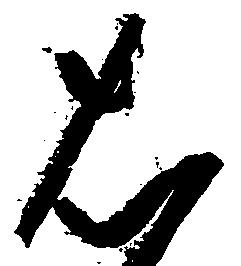
は